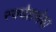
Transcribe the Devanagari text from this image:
स्वदेशसेवा